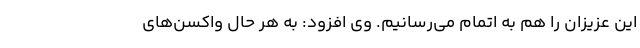
این عزیزان را هم به اتمام می‌رسانیم. وی افزود: به هر حال واکسن‌های